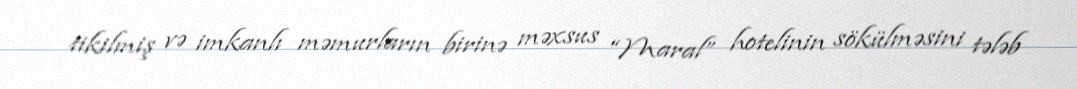
tikilmiş və imkanlı məmurların birinə məxsus “Maral” hotelinin sökülməsini tələb